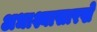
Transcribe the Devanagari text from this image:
अधाश्यासारखे